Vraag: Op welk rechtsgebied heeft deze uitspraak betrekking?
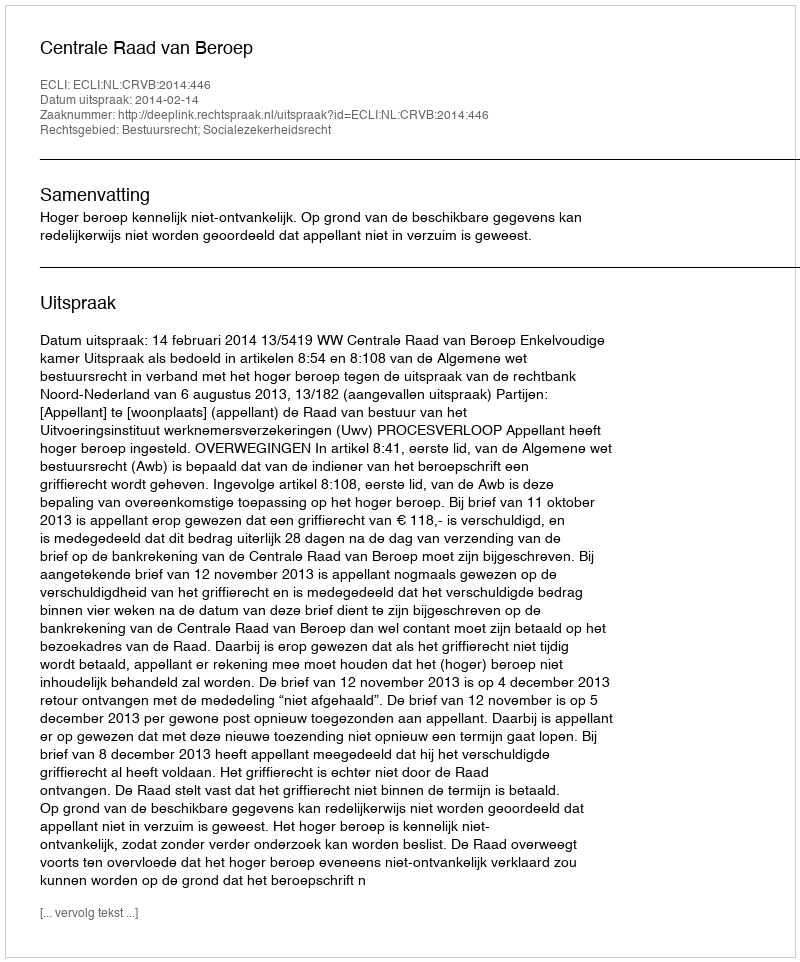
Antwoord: Bestuursrecht; Socialezekerheidsrecht